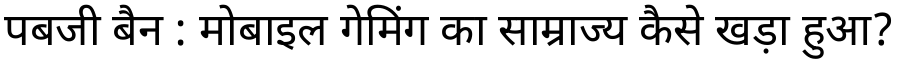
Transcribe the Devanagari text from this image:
पबजी बैन : मोबाइल गेमिंग का साम्राज्य कैसे खड़ा हुआ?